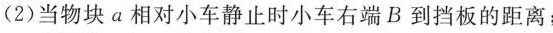
(2)当物块a相对小车静止时小车右端B到挡板的距离；